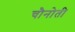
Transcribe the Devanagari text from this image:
चौनोती